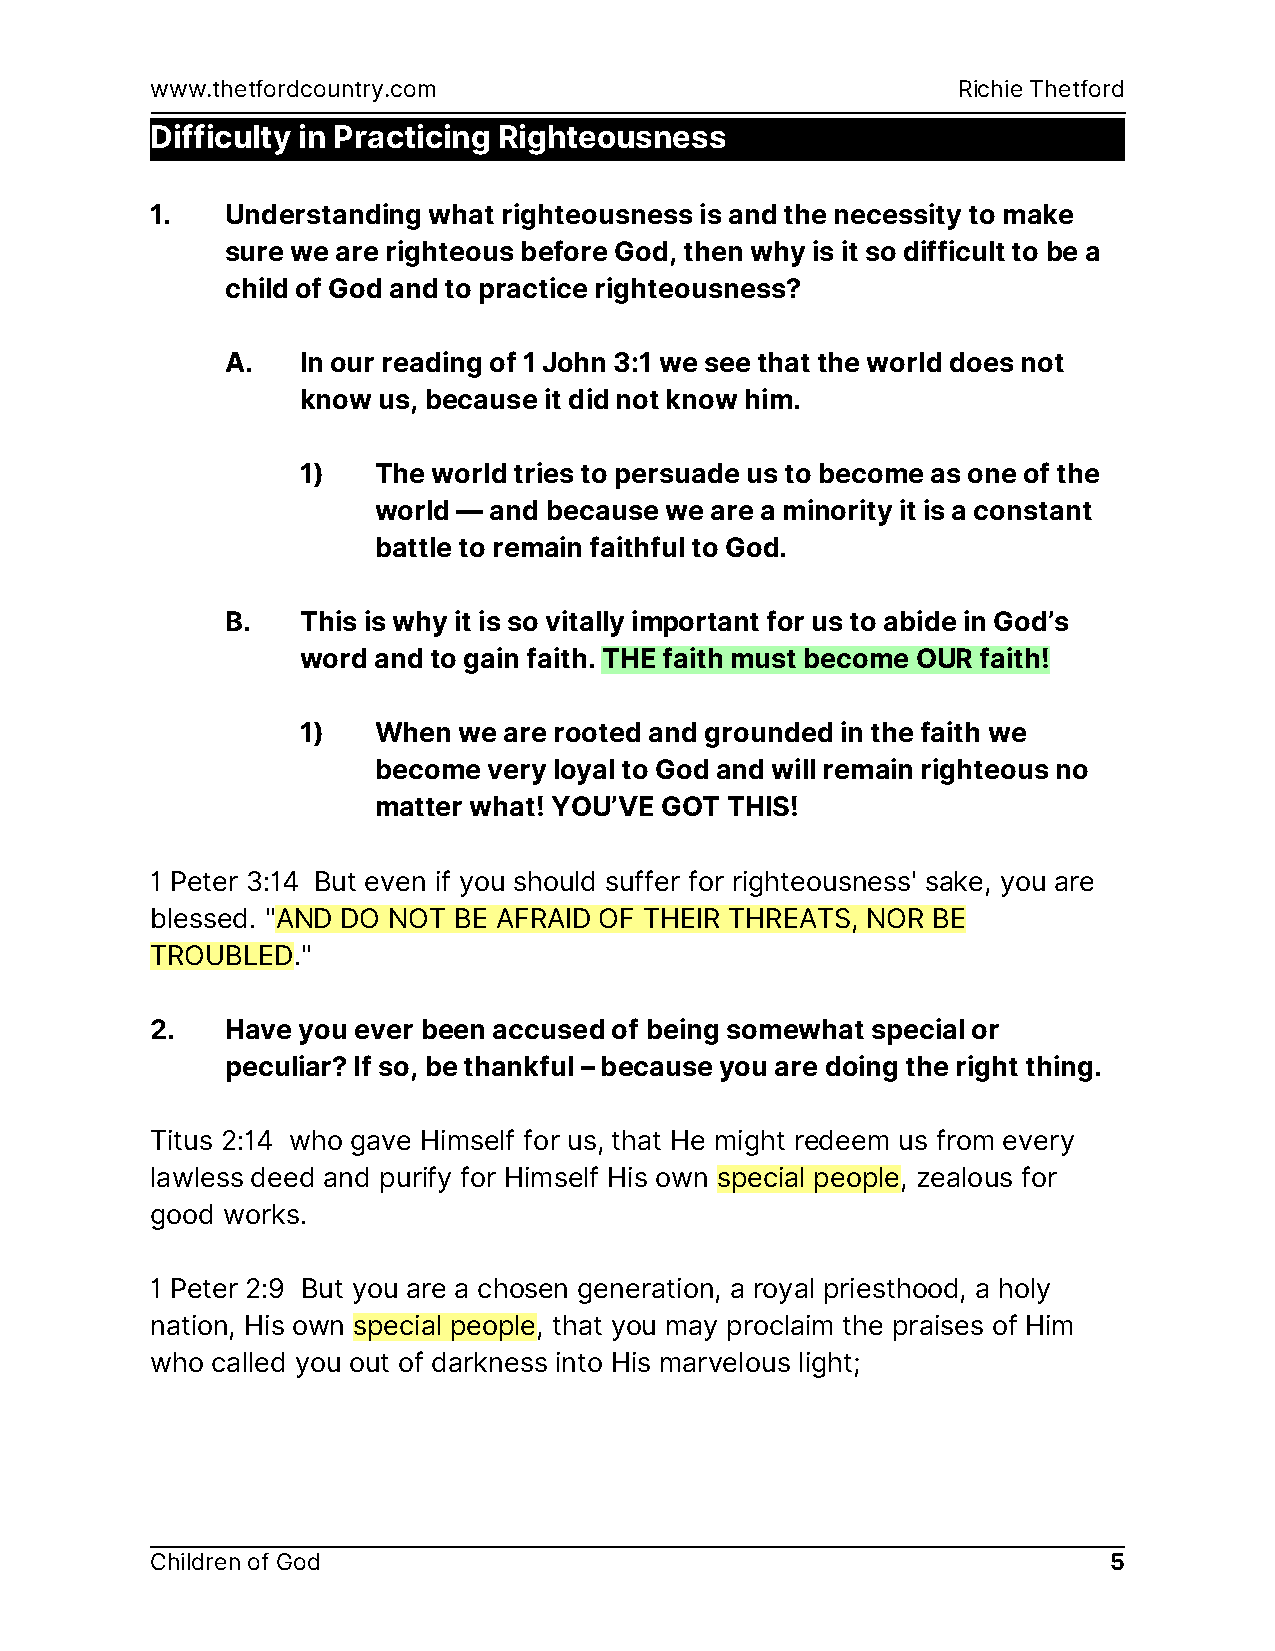
www.thetfordcountry.com                              Richie Thetford
 Difficulty in Practicing Righteousness
 1.   Understanding what righteousness is and the necessity to make
 sure we are righteous before God, then why is it so difficult to be a
 child of God and to practice righteousness?
 A.   In our reading of 1 John 3:1 we see that the world does not
 know us, because it did not know him.
 1)   The world tries to persuade us to become as one of the
 world — and because we are a minority it is a constant
 battle to remain faithful to God.
 B.   This is why it is so vitally important for us to abide in God’s
 word and to gain faith. THE faith must become OUR faith!
 1)   When we are rooted and grounded in the faith we
 become very loyal to God and will remain righteous no
 matter what! YOU’VE GOT THIS!
 1 Peter 3:14 But even if you should suffer for righteousness' sake, you are
 blessed. "AND DO NOT BE AFRAID OF THEIR THREATS, NOR BE
 TROUBLED."
 2.   Have you ever been accused of being somewhat special or
 peculiar? If so, be thankful – because you are doing the right thing.
 Titus 2:14 who gave Himself for us, that He might redeem us from every
 lawless deed and purify for Himself His own special people, zealous for
 good works.
 1 Peter 2:9 But you are a chosen generation, a royal priesthood, a holy
 nation, His own special people, that you may proclaim the praises of Him
 who called you out of darkness into His marvelous light;
 Children of God                                                5